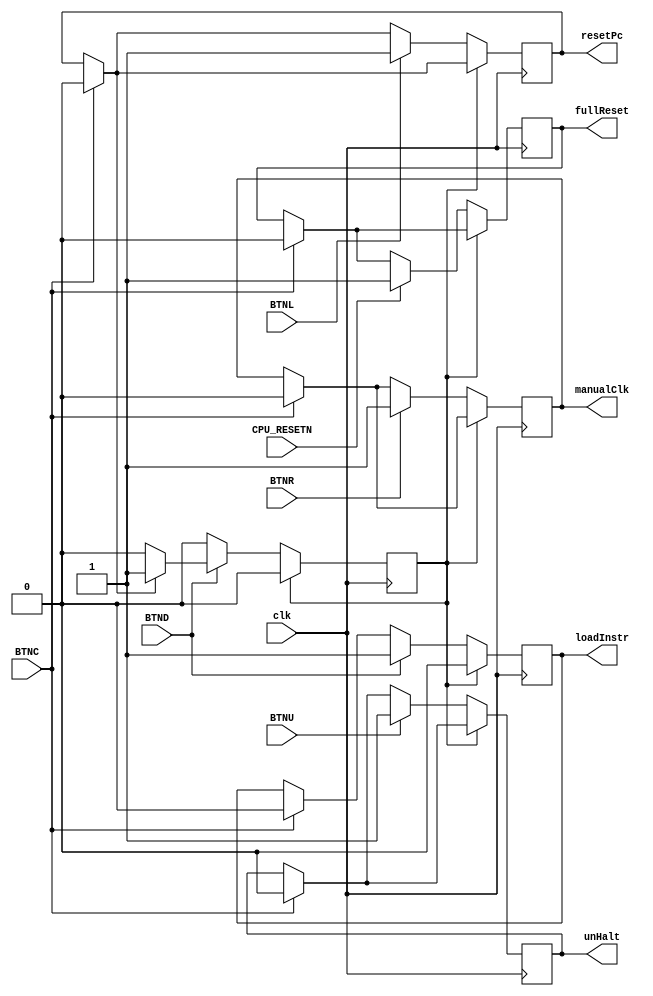
`timescale 1ns / 1ps
//////////////////////////////////////////////////////////////////////////////////
// Company: 
// Engineer: 
// 
// Design Name: 
// Module Name: Btn_ctrl
// Project Name: 
// Target Devices: 
// Tool Versions: 
// Description: 
// 
// Dependencies: 
// 
// Revision:
// Revision 0.01 - File Created
// Additional Comments:
// 
//////////////////////////////////////////////////////////////////////////////////


module Btn_ctrl(
    input      clk, BTND, BTNR, BTNU, BTNL, BTNC, CPU_RESETN,
    output reg loadInstr, manualClk, unHalt, resetPc, fullReset
    );
    wire ldBtn = BTND;
    wire mClkBtn = BTNR;
    wire uHltBtn = BTNU;
    wire rPcBtn = BTNL;
    wire deBounce = BTNC;
    wire resetBtn = CPU_RESETN;
    
    reg loadInstrDebouncer;
    always@(posedge clk) begin
        if (deBounce) begin
            loadInstr = 1'b0;
            manualClk = 1'b0;
            unHalt    = 1'b0;
            resetPc   = 1'b0;
            fullReset = 1'b0;
        end
        if (loadInstrDebouncer) begin
            loadInstr           = 1'b0;
            loadInstrDebouncer  = 1'b0;
        end
        else begin 
            if (ldBtn)begin 
                if (resetPc == 1'b1) begin
                    loadInstrDebouncer = 1'b1;
                end
                loadInstr = 1'b1;
            end
            if (mClkBtn)
                manualClk = 1'b1;
            if (uHltBtn)
                unHalt = 1'b1;
            if (rPcBtn)
                resetPc = 1'b1;
            if (resetBtn)
                fullReset = 1'b1;
        end
    end
    
    
endmodule